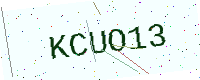
Text: KCUO13